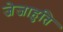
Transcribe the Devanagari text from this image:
जेजाहुति